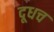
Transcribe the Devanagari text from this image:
दूधच